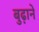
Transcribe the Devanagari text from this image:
बुढ़ाने